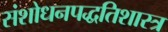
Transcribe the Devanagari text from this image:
संशोधनपद्धतिशास्त्र